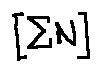
[ \sum N ]